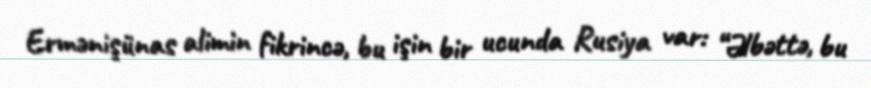
Ermənişünas alimin fikrincə, bu işin bir ucunda Rusiya var: “Əlbəttə, bu